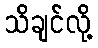
သိချင်လို့